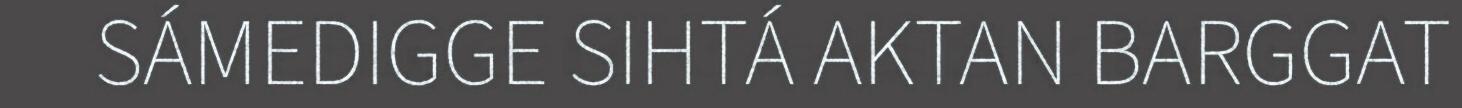
SÁMEDIGGE SIHTÁ AKTAN BARGGAT